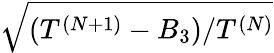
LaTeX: \sqrt{(T^{(N+1)}-B_{3})/T^{(N)}}